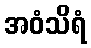
အဝံသိရံ